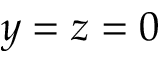
y = z = 0